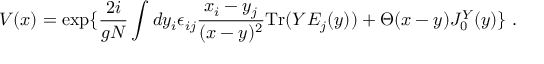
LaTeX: V ( x ) = \exp \{ { \frac { 2 i } { g N } } \int d y _ { i } \epsilon _ { i j } { \frac { x _ { i } - y _ { j } } { ( x - y ) ^ { 2 } } } \mathrm { T r } ( Y E _ { j } ( y ) ) + \Theta ( x - y ) J _ { 0 } ^ { Y } ( y ) \} \; .